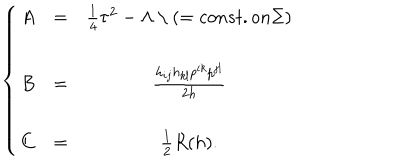
\left\{ \begin{array} { l c c } { { A } } & { { = } } & { { \frac { 1 } { 4 } \tau ^ { 2 } - \Lambda \mathrm { ~ \ } ( = c o n s t . o n \Sigma ) } } \\ { { } } & { { } } & { { } } \\ { { B } } & { { = } } & { { \frac { h _ { i j } h _ { k l } p ^ { i k } p ^ { j l } } { 2 h } } } \\ { { } } & { { } } & { { } } \\ { { C } } & { { = } } & { { \frac { 1 } { 2 } R ( h ) . } } \\ \end{array} \right.